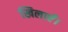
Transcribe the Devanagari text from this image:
खिलाएँ।